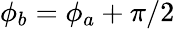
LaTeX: \phi_{b}=\phi_{a}+\pi/2